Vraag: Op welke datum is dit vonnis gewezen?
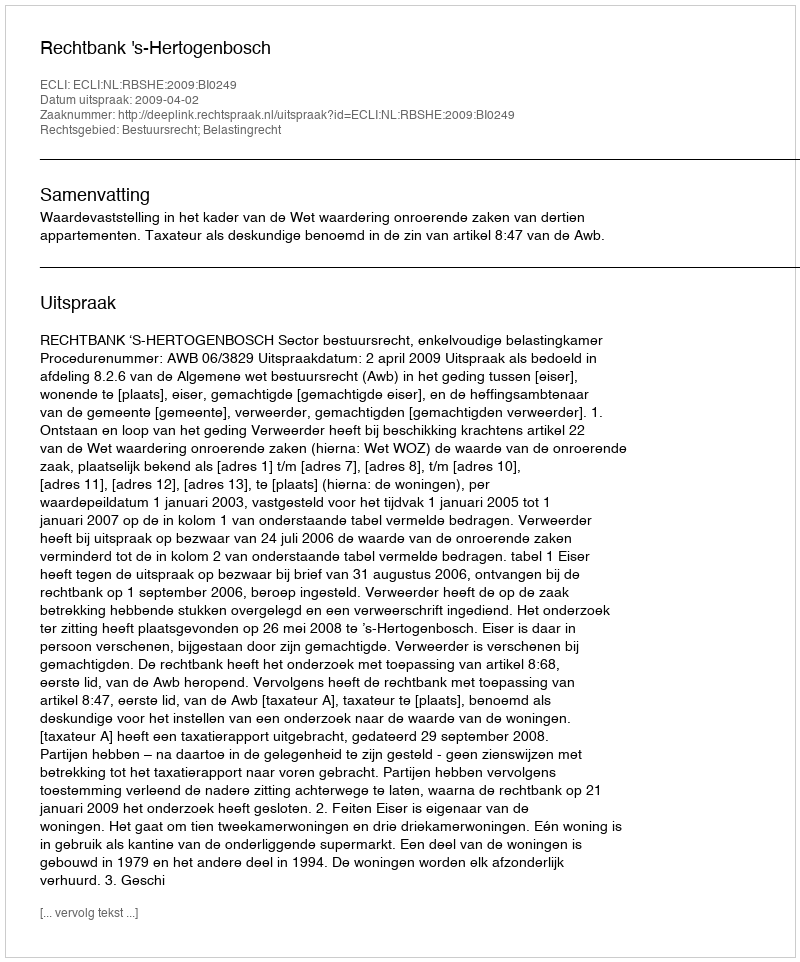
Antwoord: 2009-04-02